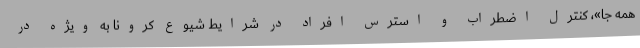
همه جا»، کنترل اضطراب و استرس افراد در شرایط شیوع کرونا به ویژه در